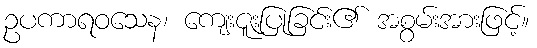
ဥပကာရဝသေန၊ ကျေးဇူးပြုခြင်း၏ အစွမ်းအားဖြင့်။